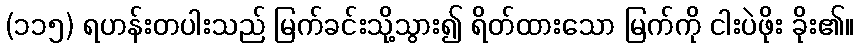
(၁၁၅) ရဟန်းတပါးသည် မြက်ခင်းသို့သွား၍ ရိတ်ထားသော မြက်ကို ငါးပဲဖိုး ခိုး၏။